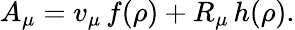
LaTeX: A_{\mu}=v_{\mu}\, f(\rho)+R_{\mu}\, h(\rho).